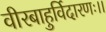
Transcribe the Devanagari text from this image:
वीरबाहुर्विदारणः।।